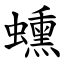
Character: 䗼